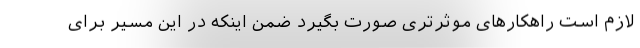
لازم است ‌راهکارهای موثرتری صورت بگیرد ضمن اینکه در این مسیر برای